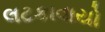
લટકાવાયો